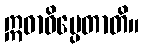
ဣဓာဓိပ္ပေတာတိ။